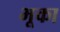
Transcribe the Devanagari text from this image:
भूका